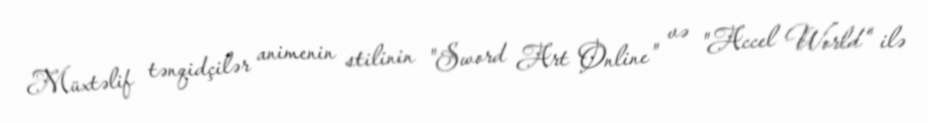
Müxtəlif tənqidçilər animenin stilinin "Sword Art Online" və "Accel World" ilə